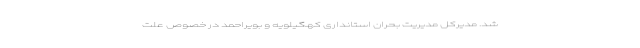
شد. مدیرکل مدیریت بحران استانداری کهگیلویه و بویراحمد در خصوص علت